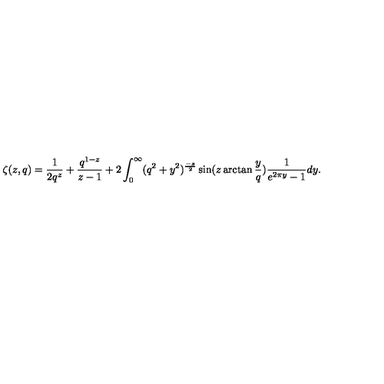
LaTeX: \zeta ( z , q ) = \frac { 1 } { 2 q ^ { z } } + \frac { q ^ { 1 - z } } { z - 1 } + 2 \int _ { 0 } ^ { \infty } ( q ^ { 2 } + y ^ { 2 } ) ^ { \frac { - z } { 2 } } \sin ( z \arctan \frac { y } { q } ) \frac { 1 } { e ^ { 2 \pi y } - 1 } d y .